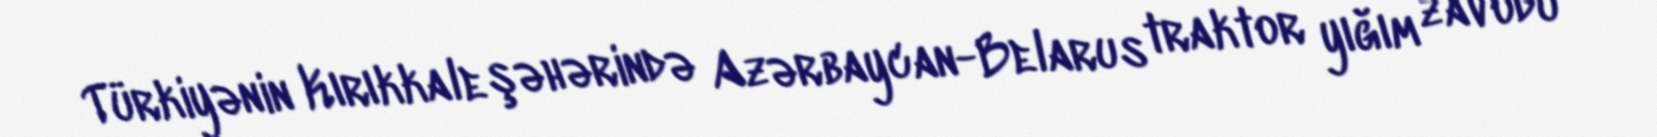
Türkiyənin Kırıkkale şəhərində Azərbaycan-Belarus traktor yığım zavodu